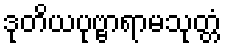
ဒုတိယပုဗ္ဗာရာမသုတ္တံ